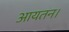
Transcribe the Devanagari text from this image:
आयतन।